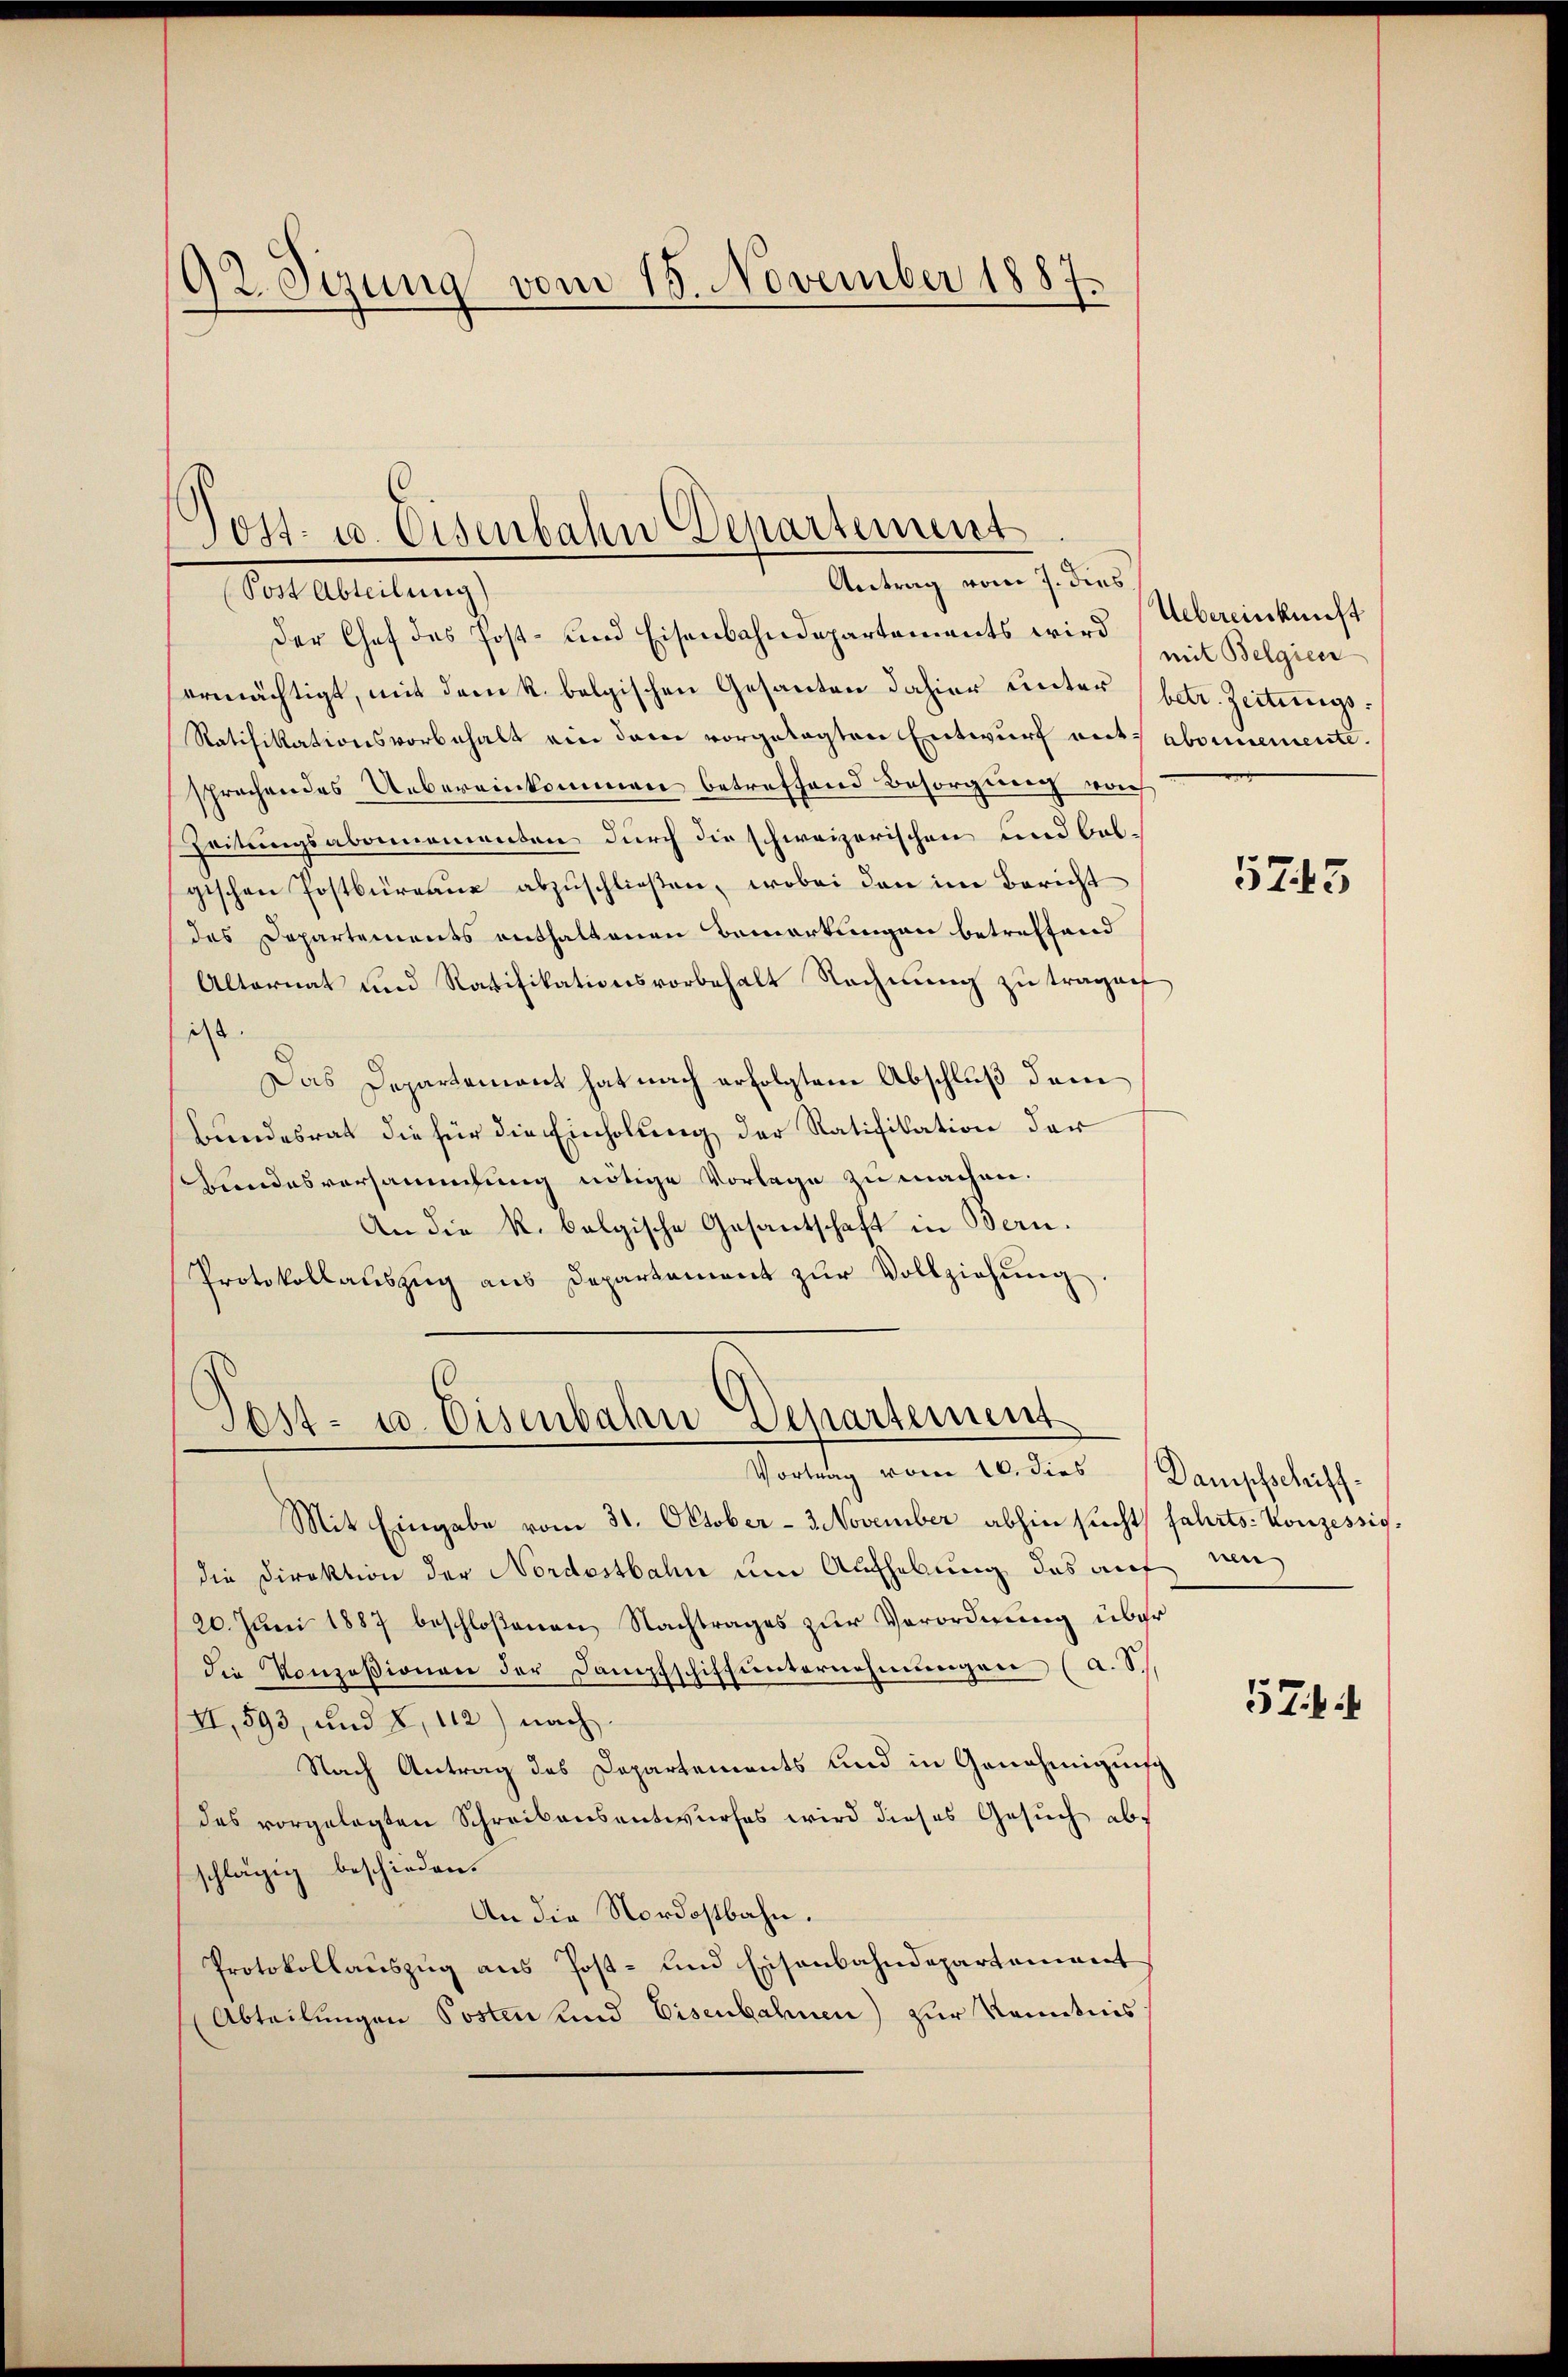
92. Sizung vom 15. November 1887.
7

Mai Abteilung
Der Chef des Post- und Eisenbahndepartements wird Uebereinkunft
ermächtigt, mit dem k. belgischen Gesanten dahier unter betr. Zeitungs¬
Ratifikationsvorbehalt ein dem vorgelegten Entwurf mit abornemente.
sprochendes Uebereinkommen betreffend Besorgung vorh
Zeitungsabonnementen durch die schweizerischen und balgischen Postbüreaue abzuschließen, wobei den im Bericht
des Departements enthaltenen Bemerkungen betreffend
Alternat und Ratifikationsvorbehalt Rechnŭng zu tragen
i.
Das Departement hat nach erfolgtem Abschluß dem
Bundesrat die für die Einholung der Ratifikation der
Kundesversammlung nötige Vorlage zu machen.
An die R. belgische Gesantschaft in Bern.
Protokollauszug aus Departement zur Vollziehung

Tost- u. Eisenbahn Departement
Antrag vom 7. dies

Sost- u. Eisenbahn Departement
Vortrag vom 10. dies Dampfschiff-

Mit Eingabe vom 31. Oktober-November abhin sucht fahrts- Konzessiodie Direktion der Nordostbahn um Aufhebung das auf mi
20. Juni 1887 beschloßenen Nachtrages zur Verordnung über
die Konzesionen der Dampfschiffunternehmungen (a. S.
II, 593, und 2, 112) nach
Nach Antrag des Departements und in Genehmigung
des vorgelegten Schreibensantwurfes wird dieses Gesuch abschlägig beschieden.
An die Nordostbahn.
Protokollauszug aus Post- und Eisenbahndepartement
(Abteilungen Posten und Eisenbahnen) zur Kenntnis

mit Belgien

5743

57